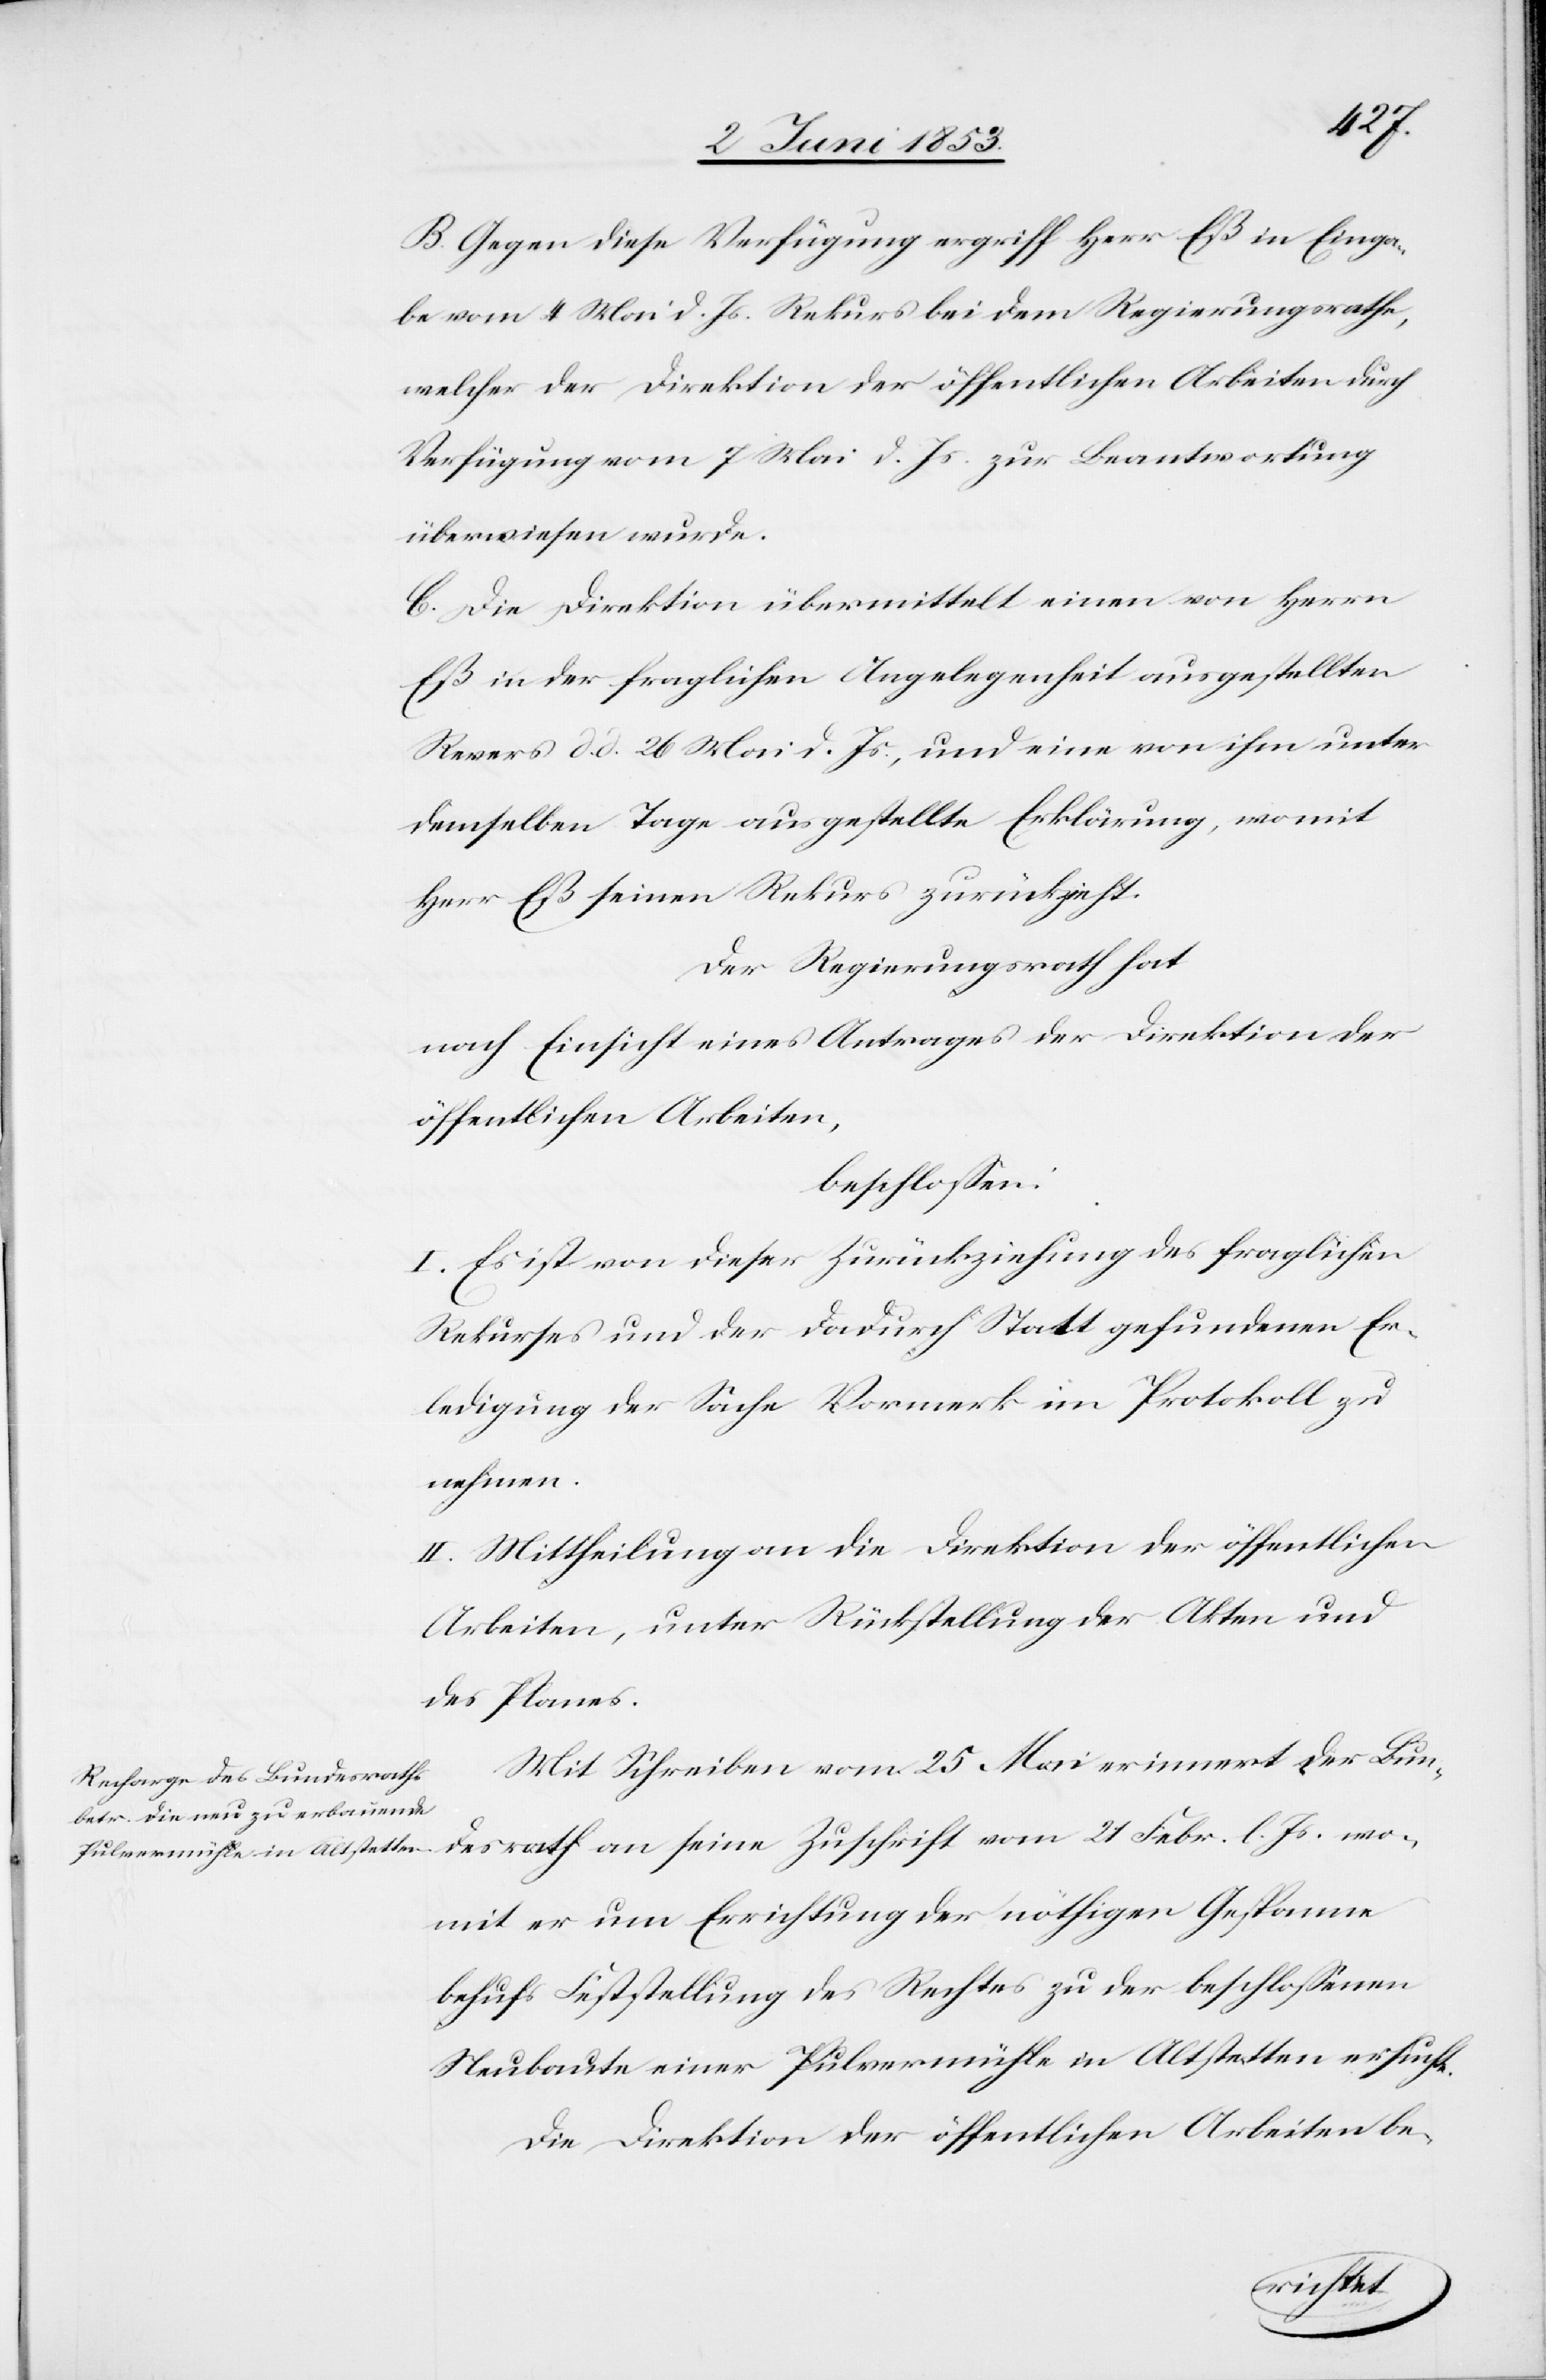
B. Gegen diese Verfügung ergriff Herr Eß in Einga¬
be vom 4 Mai d. Js. Rekurs bei dem Regierungsrathe,
welcher der Direktion der öffentlichen Arbeiten durch
Verfügung vom 7 Mai d. Js. zur Beantwortung
überwiesen werde.
C. Die Direktion übermittelt einen von Herrn
Eß in der fraglichen Angelegenheit ausgestellten
Revers d. d. 26 Mai d. Js., und eine von ihm unter
demselben Tage ausgestellte Erklärung, womit
Herr Eß seinen Rekurs zurückzieht.
Der Regierungsrath hat
nach Einsicht eines Antrages der Direktion der
öffentlichen Arbeiten,
beschloßen:
I. Es ist von dieser Zurückziehung des fraglichen
Rekurses und der dadurch Statt gefundenen Er¬
ledigung der Sache Vormerk im Protokoll zu
nehmen.
II. Mittheilung an die Direktion der öffentlichen
Arbeiten, unter Rückstellung der Akten und
des Planes.
Mit Schreiben vom 25 Mai erinnert der Bun¬
desrath an seine Zuschrift vom 21 Febr. l. Js. wo¬
mit er um Errichtung der nöthigen Gespanne
behufs Feststellung des Rechtes zu der beschloßenen
Neubaute einer Pulvermühle in Altstetten ersucht.
Die Direktion der öffentlichen Arbeiten be-